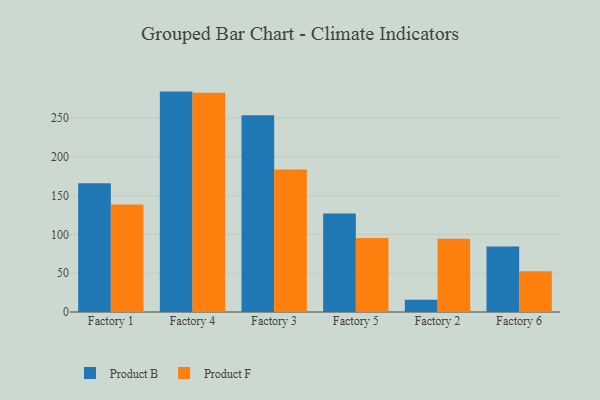
{"axis": {"x": "Factory", "y": "Bounce Rate (%)"}, "legend": ["Product B", "Product F"], "data": [{"x": "Factory 1", "y": 165.8, "type": "Product B"}, {"x": "Factory 1", "y": 138.6, "type": "Product F"}, {"x": "Factory 4", "y": 284.0, "type": "Product B"}, {"x": "Factory 4", "y": 282.6, "type": "Product F"}, {"x": "Factory 3", "y": 253.5, "type": "Product B"}, {"x": "Factory 3", "y": 183.5, "type": "Product F"}, {"x": "Factory 5", "y": 127.0, "type": "Product B"}, {"x": "Factory 5", "y": 95.2, "type": "Product F"}, {"x": "Factory 2", "y": 15.9, "type": "Product B"}, {"x": "Factory 2", "y": 94.4, "type": "Product F"}, {"x": "Factory 6", "y": 84.3, "type": "Product B"}, {"x": "Factory 6", "y": 52.5, "type": "Product F"}]}